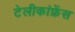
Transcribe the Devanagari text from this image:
टेलीकांफ्रेंस